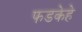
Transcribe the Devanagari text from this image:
फडकेहे